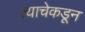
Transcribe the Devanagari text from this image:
त्याचेकडून